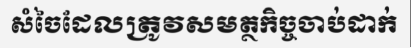
សំចៃដែលត្រូវសមត្ថកិច្ចចាប់ដាក់